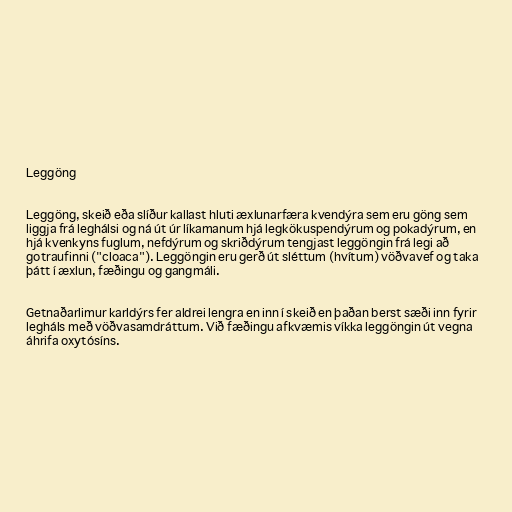
Leggöng

Leggöng, skeið eða slíður kallast hluti æxlunarfæra kvendýra sem eru göng sem
liggja frá leghálsi og ná út úr líkamanum hjá legkökuspendýrum og pokadýrum, en
hjá kvenkyns fuglum, nefdýrum og skriðdýrum tengjast leggöngin frá legi að
gotraufinni ("cloaca"). Leggöngin eru gerð út sléttum (hvítum) vöðvavef og taka
þátt í æxlun, fæðingu og gangmáli.

Getnaðarlimur karldýrs fer aldrei lengra en inn í skeið en þaðan berst sæði inn fyrir
legháls með vöðvasamdráttum. Við fæðingu afkvæmis víkka leggöngin út vegna
áhrifa oxytósíns.